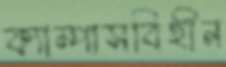
ক্যাম্পাসবিহীন